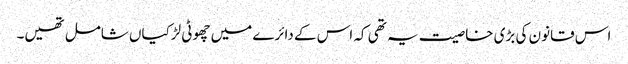
اس قانون کی بڑی خاصیت یہ تھی کہ اس کے دائرے میں چھوٹی لڑکیاں شامل تھیں۔